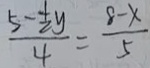
\frac { 5 - \frac { 1 } { 2 } y } { 4 } = \frac { 8 - x } { 5 }